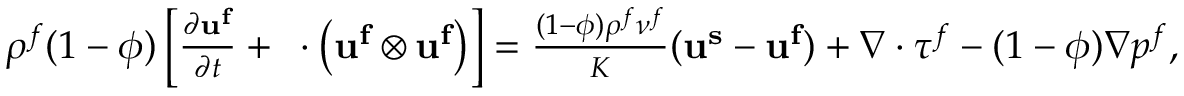
\begin{array} { r } { \rho ^ { f } ( 1 - \phi ) \left[ \frac { \partial \mathbf { u ^ { f } } } { \partial t } + \mathbf { \nabla } \cdot \left( \mathbf { u ^ { f } } \otimes \mathbf { u ^ { f } } \right) \right] = \frac { ( 1 - \phi ) \rho ^ { f } \nu ^ { f } } { K } ( \mathbf { u ^ { s } } - \mathbf { u ^ { f } } ) + \nabla \cdot \boldsymbol { \tau ^ { f } } - ( 1 - \phi ) \nabla p ^ { f } , } \end{array}